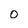
Character: O